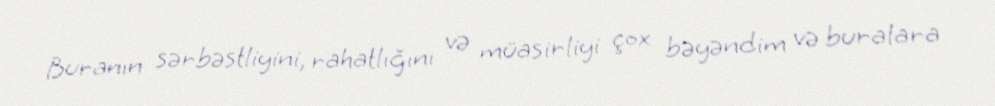
Buranın sərbəstliyini, rahatlığını və müasirliyi çox bəyəndim və buralara